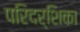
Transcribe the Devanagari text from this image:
परिदर्शिका